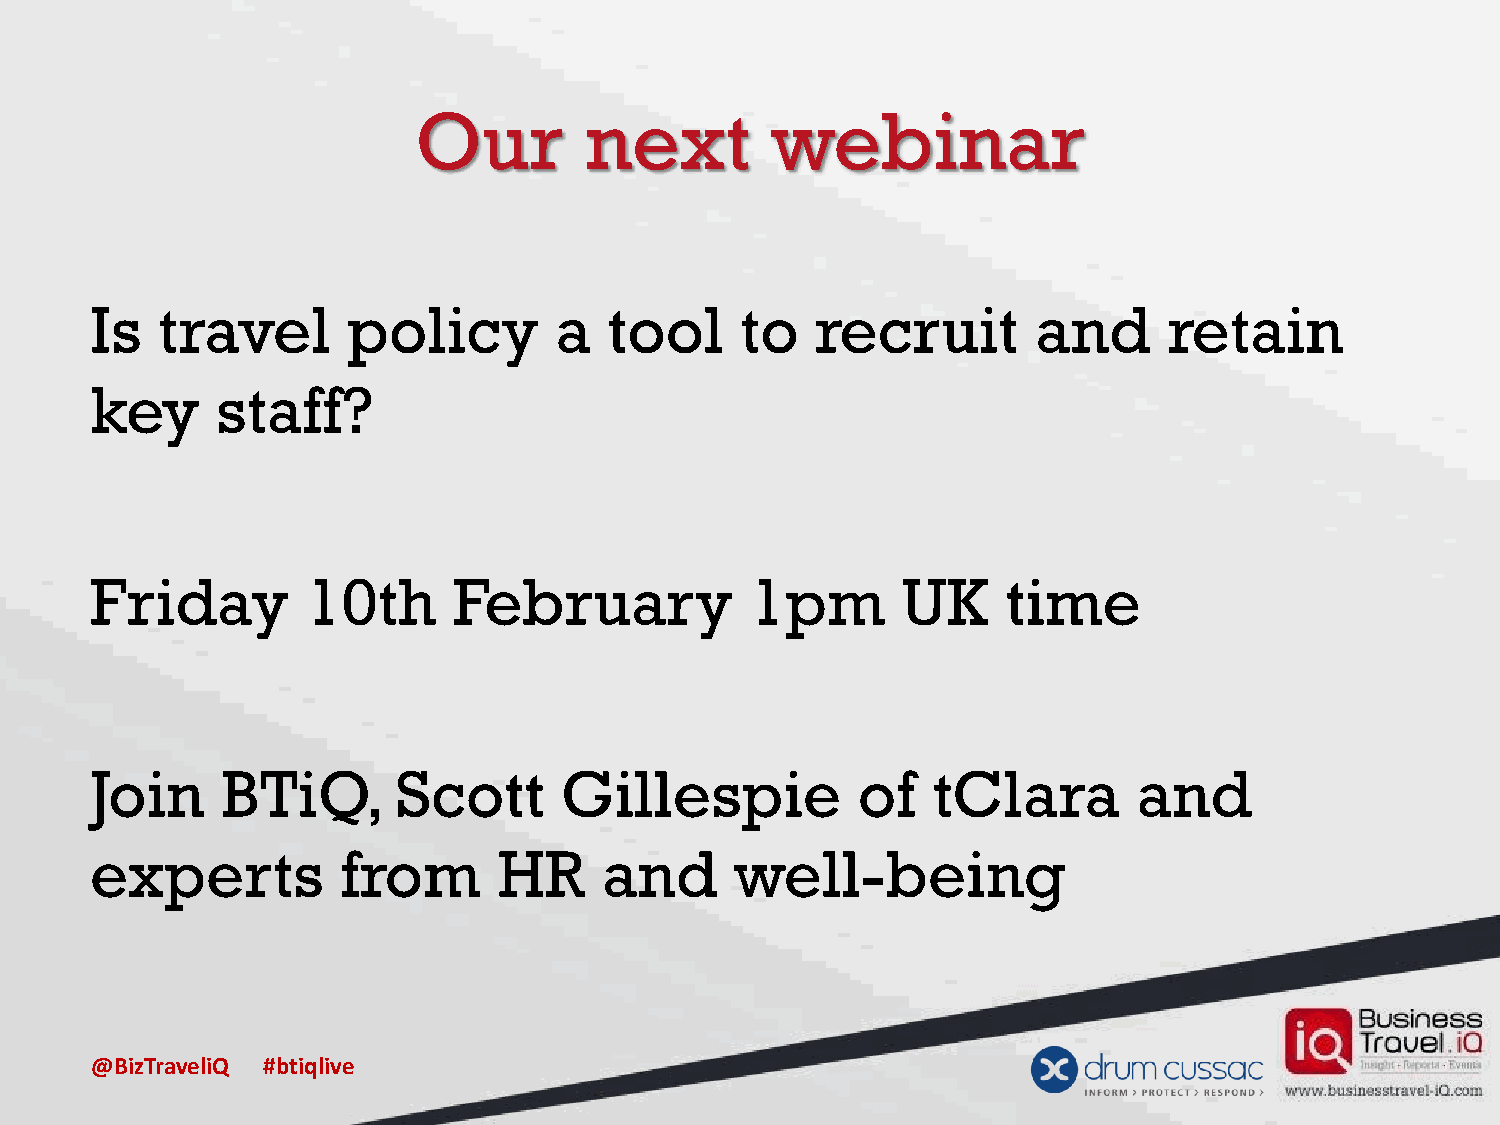
Our         next        webinar
 Is  travel       policy        a  tool     to   recruit        and     retain
 key     staff?
 Friday        10th      February            1pm       UK     time
 Join     BTiQ,      Scott      Gillespie           of   tClara       and
 experts          from      HR     and      well-being
 @BizTraveliQ #btiqlive